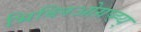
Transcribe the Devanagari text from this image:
भिब्लिओग्रप्ह्य्